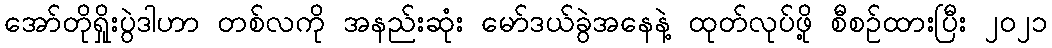
အော်တိုရှိုးပွဲဒါဟာ တစ်လကို အနည်းဆုံး မော်ဒယ်ခွဲအနေနဲ့ ထုတ်လုပ်ဖို့ စီစဉ်ထားပြီး ၂၀၂၁